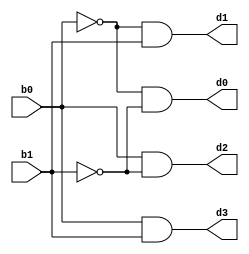
module bcddecoder2to4(b0, b1, d0, d1, d2, d3);
    input b0, b1;
    output d0, d1, d2, d3;
    wire t0, t1;
    not n1(t0, b0);
    not n2(t1, b1);
    and a0(d0, t0, t1);
    and a1(d1, t0, b1);
    and a2(d2, b0, t1);
    and a3(d3, b0, b1);
endmodule

module test;
    reg b0, b1;
    wire d0, d1, d2, d3;
    bcddecoder2to4 bcdg(b0, b1, d0, d1, d2, d3);
    initial
    begin
        $dumpfile("dump.vcd");
        $dumpvars(0, test);
        b0 = 0; b1 = 0;
        #40
        b0 = 0; b1 = 1;
        #40
        b0 = 1; b1 = 0;
        #40
        b0 = 1; b1 = 1;
        #40
        $finish;
    end
endmodule